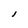
Character: l